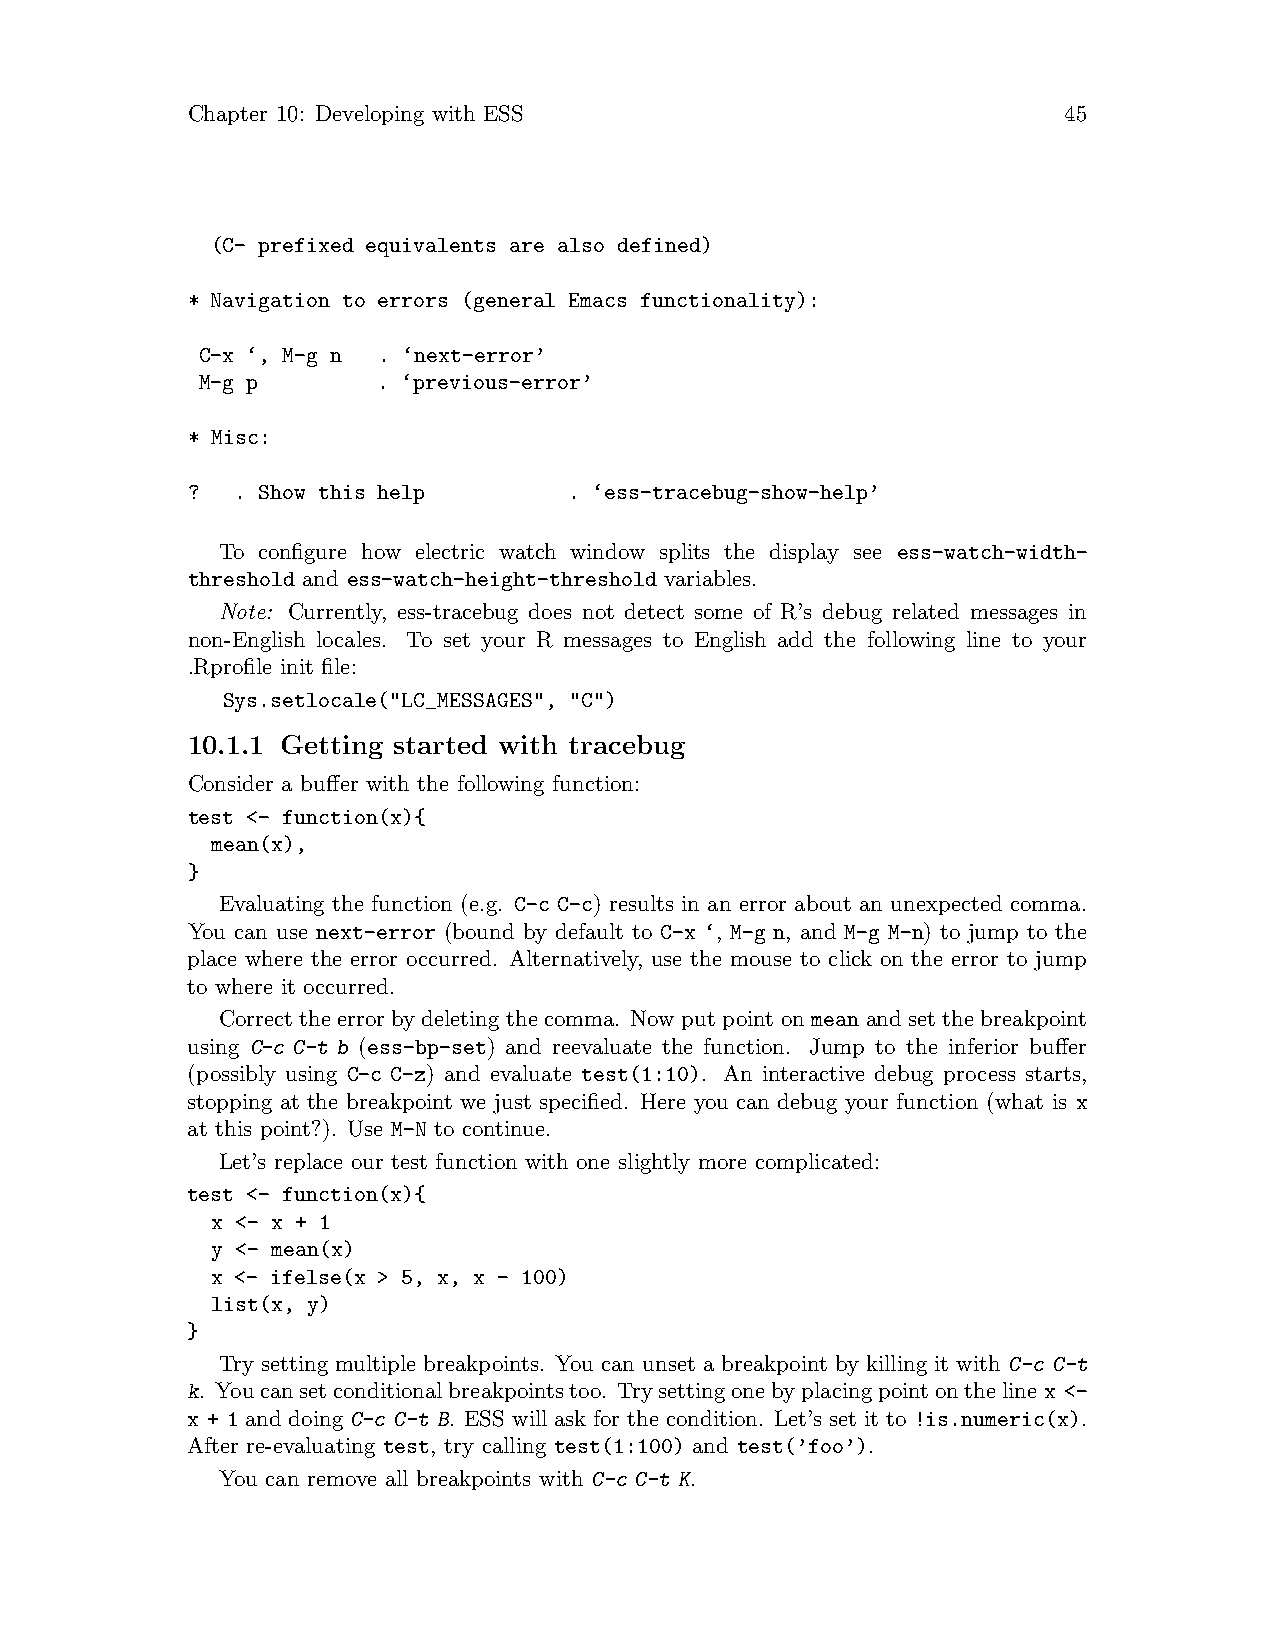
Chapter 10: Developing with ESS                           45
 (C- prefixed equivalents are also defined)
 * Navigation to errors (general Emacs functionality):
 C-x ‘, M-g n . ‘next-error’
 M-g p       . ‘previous-error’
 * Misc:
 ?   . Show this help      . ‘ess-tracebug-show-help’
 To configure how electric watch window splits the display see ess-watch-width-
 threshold and ess-watch-height-threshold variables.
 Note: Currently, ess-tracebug does not detect some of R’s debug related messages in
 non-English locales. To set your R messages to English add the following line to your
 .Rprofile init file:
 Sys.setlocale("LC_MESSAGES", "C")
 10.1.1 Getting started with tracebug
 Consider a buffer with the following function:
 test <- function(x){
 mean(x),
 }
 Evaluating the function (e.g. C-c C-c) results in an error about an unexpected comma.
 You can use next-error (bound by default to C-x ‘, M-g n, and M-g M-n) to jump to the
 place where the error occurred. Alternatively, use the mouse to click on the error to jump
 to where it occurred.
 Correct the error by deleting the comma. Now put point on mean and set the breakpoint
 using C-c C-t b (ess-bp-set) and reevaluate the function. Jump to the inferior buffer
 (possibly using C-c C-z) and evaluate test(1:10). An interactive debug process starts,
 stopping at the breakpoint we just specified. Here you can debug your function (what is x
 at this point?). Use M-N to continue.
 Let’s replace our test function with one slightly more complicated:
 test <- function(x){
 x <- x + 1
 y <- mean(x)
 x <- ifelse(x > 5, x, x - 100)
 list(x, y)
 }
 Try setting multiple breakpoints. You can unset a breakpoint by killing it with C-c C-t
 k. Youcansetconditionalbreakpointstoo. Trysettingonebyplacingpointonthelinex <-
 x + 1 and doing C-c C-t B. ESS will ask for the condition. Let’s set it to !is.numeric(x).
 After re-evaluating test, try calling test(1:100) and test(’foo’).
 You can remove all breakpoints with C-c C-t K.